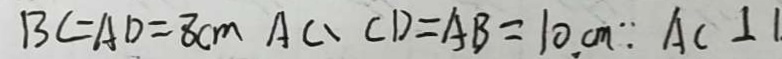
B C = A D = 8 c m A C 、 C D = A B = 1 0 c m \because A C \bot 1